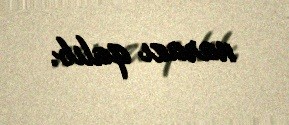
narazı qalıb.